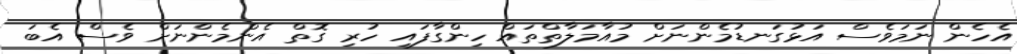
އެހެން ނަމަވެސް އަޅުގަނޑުމެންނަށް މުއާމަލާތްތައް ހިންގާފައި ހުރި ގޮތް އެންމެންނަށް ވެސް އެބަ